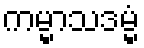
ကမ္မာသဒမ္မံ